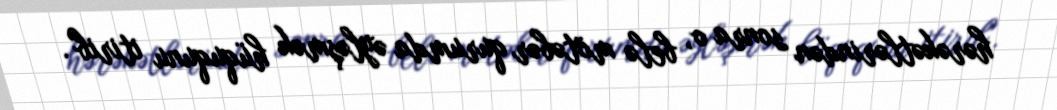
hərəkətlərindən sonra o, belə mötəbər qurumda əyləşmək hüququnu itirib".